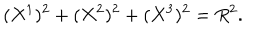
( X ^ { 1 } ) ^ { 2 } + ( X ^ { 2 } ) ^ { 2 } + ( X ^ { 3 } ) ^ { 2 } = R ^ { 2 } .